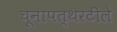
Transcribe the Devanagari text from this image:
चूनापत्थरटीले